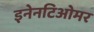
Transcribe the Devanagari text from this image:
इनेनटिओमर